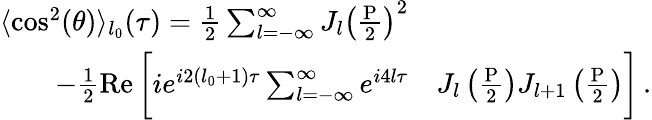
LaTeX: \begin{array}{rl}{\langle\cos^{2}(\theta)\rangle_{l_{0}}(\tau)=\frac{1}{2}\sum_{l=-\infty}^{\infty}J_{l}\left(\frac{\mathrm{P}}{2}\right)^{2}}&{}\\ {-\frac{1}{2}\operatorname{Re}\bigg[ie^{i2(l_{0}+1)\tau}\sum_{l=-\infty}^{\infty}e^{i4l\tau}}&{J_{l}\left(\frac{\mathrm{P}}{2}\right)J_{l+1}\left(\frac{\mathrm{P}}{2}\right)\bigg]\, .}\end{array}